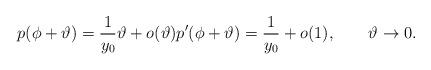
LaTeX: \begin{align*} p(\phi+ \vartheta) = \frac{1}{y_0} \vartheta + o(\vartheta) p'(\phi+ \vartheta) = \frac{1}{y_0} + o(1),\qquad\vartheta\to 0. \end{align*}